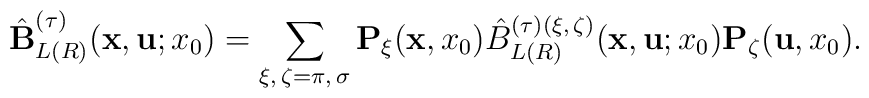
\hat{\bf B}_{L (R)}^{(\tau)} ({\bf x}, {\bf u}; x_0) = \sum_{\xi, \, \zeta = \pi, \, \sigma} {\bf P}_\xi ({\bf x}, x_0) \hat{B}_{L (R)}^{(\tau) ( \xi, \, \zeta )} ({\bf x}, {\bf u}; x_0) {\bf P}_\zeta ({\bf u}, x_0) .